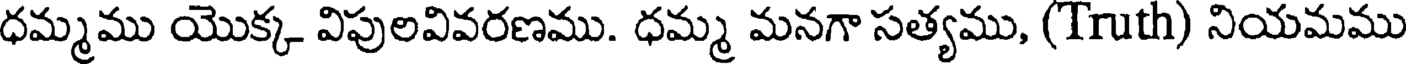
ధమ్మము యొక్క విపులవివరణము. ధమ్మ మనగా సత్యము, (Truth) నియమము